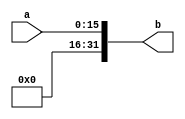
`timescale 1ns / 1ps
//////////////////////////////////////////////////////////////////////////////////
// Company: 
// Engineer: 
// 
// Design Name: 
// Module Name: uextend16
// Project Name: 
// Target Devices: 
// Tool Versions: 
// Description: 
// 
// Dependencies: 
// 
// Revision:
// Revision 0.01 - File Created
// Additional Comments:
// 
//////////////////////////////////////////////////////////////////////////////////

//16
module uextend16(
    input [15:0] a,
    output [31:0] b
    );
    assign b = {{16{1'b0}},a};
endmodule